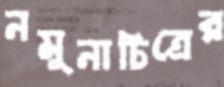
নমুনাচিত্রের